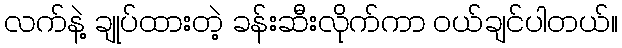
လက်နဲ့ ချုပ်ထားတဲ့ ခန်းဆီးလိုက်ကာ ဝယ်ချင်ပါတယ်။